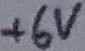
Text: +6V